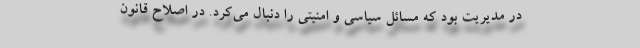
در مدیریت بود که مسائل سیاسی و امنیتی را دنبال می‌کرد. در اصلاح قانون